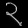
Digit: ၃